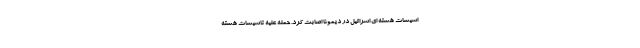
اسیسات هسته ای اسرائیل در دیمونا اصابت کرد. حمله علیه تاسیسات هسته